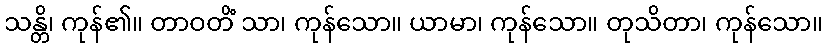
သန္တိ၊ ကုန်၏။ တာဝတိံ သာ၊ ကုန်သော။ ယာမာ၊ ကုန်သော။ တုသိတာ၊ ကုန်သော။